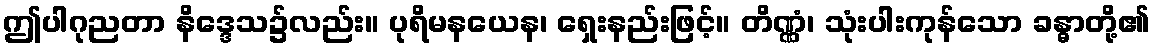
ဤပါဂုညတာ နိဒ္ဒေသ၌လည်း။ ပုရိမနယေန၊ ရှေးနည်းဖြင့်။ တိဏ္ဏံ၊ သုံးပါးကုန်သော ခန္ဓာတို့၏